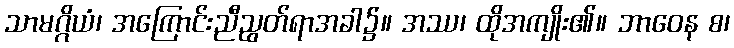
သာမဂ္ဂိယံ၊ အကြောင်းညီညွတ်ရာအခါ၌။ အဿ၊ ထိုအကျိုး၏။ ဘာဝေန စ၊